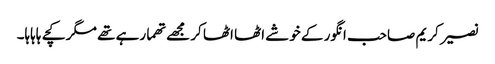
نصیر کریم صاحب انگور کے خوشے اٹھا اٹھا کر مجھے تھما رہے تھے مگر کچے ہاہاہا۔